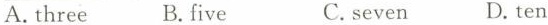
A. three B. five C. seven D. ten